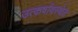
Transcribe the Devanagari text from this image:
उत्कर्षावस्थेत